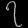
Digit: ၇